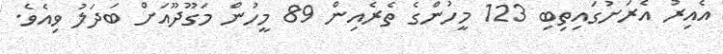
އެއިރު އެރަށުގައިތިބި 123 މީހުންގެ ތެރެއިން 89 މީހުން މަގޫދޫއަށް ބަދަލު ވިއެވެ.